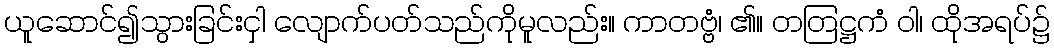
ယူဆောင်၍သွားခြင်းငှါ လျောက်ပတ်သည်ကိုမူလည်း။ ကာတဗ္ဗံ၊ ၏။ တတြဋ္ဌကံ ဝါ၊ ထိုအရပ်၌